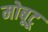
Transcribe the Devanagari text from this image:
मोबूटू